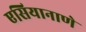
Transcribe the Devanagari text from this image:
एसियानाणे